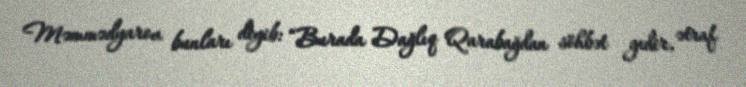
Məmmədyarov bunları deyib: “Burada Dağlıq Qarabağdan söhbət gedir, ətraf